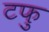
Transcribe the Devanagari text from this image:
टफु